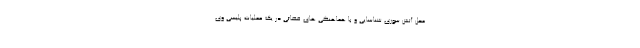
محل آتش سوزی شناسایی و با هماهنگی های قضائی در یک عملیات پلیسی وی